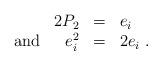
LaTeX: \begin{align*}\begin{array}{rll}2P_{2}&=&e_{i} \\ \mbox{ and }\hspace{5mm}e_{i}^{2}&=&2e_{i}\;.\end{array}\end{align*}